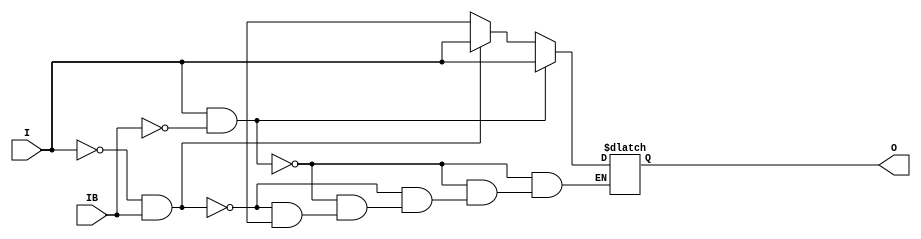
module X_IBUFDS (O, I, IB);

  parameter LOC = "UNPLACED";
  parameter CAPACITANCE = "DONT_CARE";
  parameter DIFF_TERM = "FALSE";
  parameter IBUF_DELAY_VALUE = "0";
  parameter IFD_DELAY_VALUE = "AUTO";
  parameter IOSTANDARD = "DEFAULT";

    output O;

    input  I, IB;

    wire i_in, ib_in;
    reg o_out;

    buf b_I (i_in, I);
    buf b_IB (ib_in, IB);
    buf b_O (O, o_out);

    always @(i_in or ib_in) begin
	if (i_in == 1'b1 && ib_in == 1'b0)
	    o_out = i_in;
	else if (i_in == 1'b0 && ib_in == 1'b1)
	    o_out = i_in;
        else if (i_in == 1'bx || ib_in == 1'bx)
            o_out = 1'bx;
    end

    specify

	(I => O) = (0:0:0, 0:0:0);
	(IB => O) = (0:0:0, 0:0:0);

	specparam PATHPULSE$ = 0;

    endspecify

endmodule